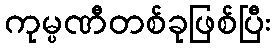
ကုမ္ပဏီတစ်ခုဖြစ်ပြီး